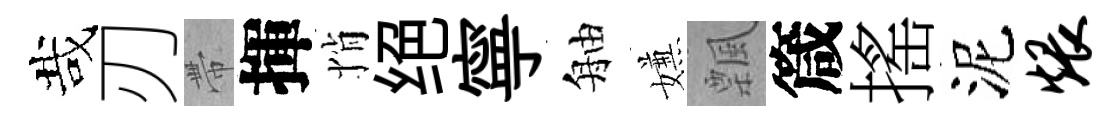
哉刃帶揮悄绝寧舳嫌飄箴搖泥煨